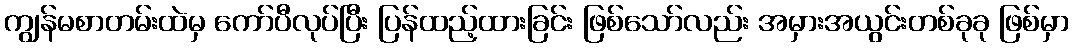
ကျွန်မစာတမ်းထဲမှ ကော်ပီလုပ်ပြီး ပြန်ထည့်ထားခြင်း ဖြစ်သော်လည်း အမှားအယွင်းတစ်ခုခု ဖြစ်မှာ